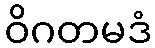
ဝိဂတမဒံ